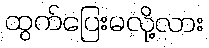
ထွက်ပြေးမလို့လား